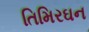
તિમિરઘન